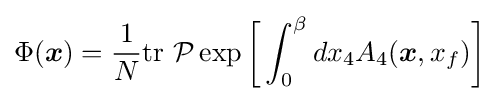
\Phi ({\boldsymbol {x}})={\frac {1}{N}}{\text{tr}}\ {\mathcal {P}}\exp {\bigg [}\int _{0}^{\beta }dx_{4}A_{4}({\boldsymbol {x}},x_{f}){\bigg ]}